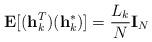
LaTeX: \begin{align*}\mathbf{E}[ (\mathbf{h}_k^T) (\mathbf{h}_k^*)] = \frac{L_k}{N} \mathbf{I}_N \end{align*}